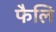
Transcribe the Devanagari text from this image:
फैलि